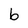
Character: b